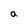
Character: a